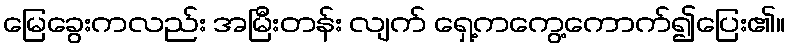
မြေခွေးကလည်း အမြီးတန်း လျက် ရှေ့ကကွေ့ကောက်၍ပြေး၏။